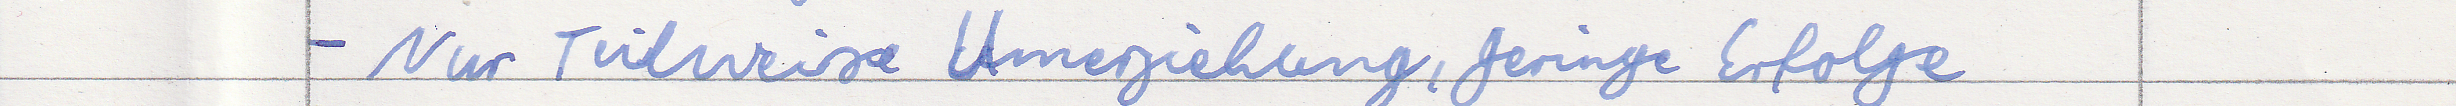
- Nur Teilweise Umerziehung, geringe Erfolge